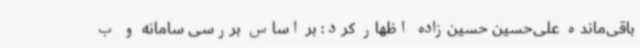
باقی‌مانده علی‌حسین حسین‌زاده اظهار کرد: بر اساس بررسی سامانه و ب